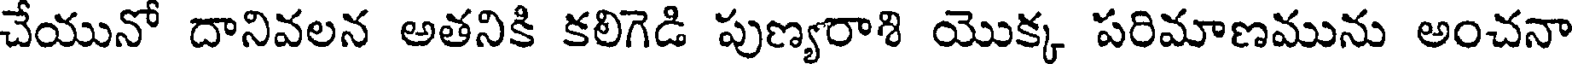
చేయునో దానివలన అతనికి కలిగెడి పుణ్యరాశి యొక్క పరిమాణమును అంచనా